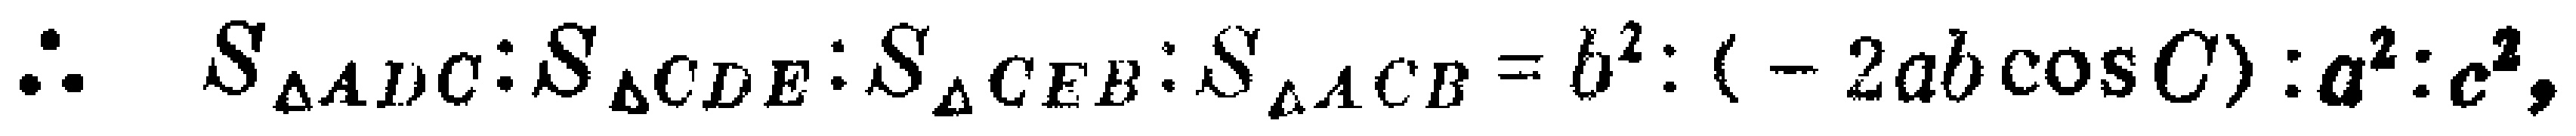
\(\therefore\ S_{\triangle ADC}:S_{\triangle CDE}:S_{\triangle CEB}:S_{\triangle ACB}=b^{2}:(-2ab\cos C):a^{2}:c^{2},\)